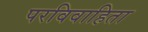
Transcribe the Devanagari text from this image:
परविवाहिता